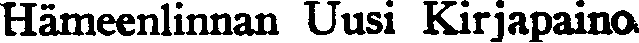
Hämeenlinnan Uusi Kirjapaino